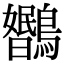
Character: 𬷳